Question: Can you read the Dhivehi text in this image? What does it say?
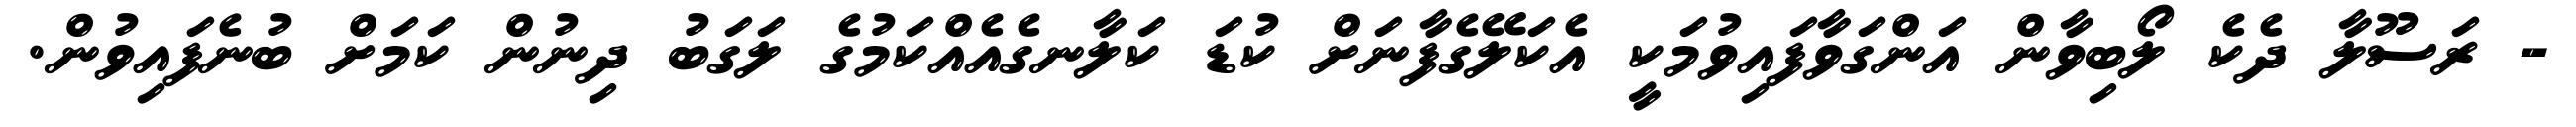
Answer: - ރަސޫލާ ދެކެ ލޯބިވާން އަންގަވާފައިވުމަކީ އެކަލޭގެފާނަށް ކުޑަ ކަލާނގެއެއްކަމުގެ ލަގަބު ދިނުން ކަމަށް ބުނެފައިވުން.